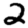
Digit: 2